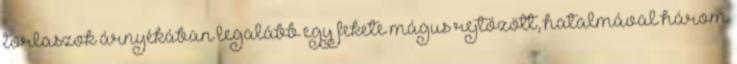
torlaszok árnyékában legalább egy fekete mágus rejtőzött, hatalmával három